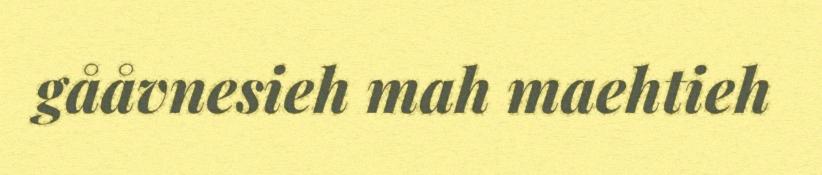
gååvnesieh mah maehtieh